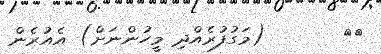
٢٨       (މަގުފުރެއްދި މީހުންނަށް) އެއުރެން